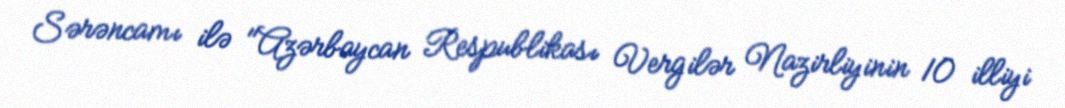
Sərəncamı ilə "Azərbaycan Respublikası Vergilər Nazirliyinin 10 illiyi